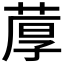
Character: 𫈢